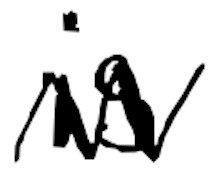
Text: is
Cross-out: zig-zag
Writing tool: digital_black